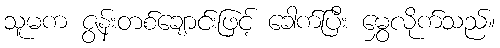
သူမက ဇွန်းတစ်ချောင်းဖြင့် ခေါက်ပြီး မွှေလိုက်သည်။